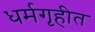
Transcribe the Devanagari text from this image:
धर्मगृहीत